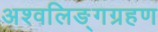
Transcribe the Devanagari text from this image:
अश्वलिङ्गग्रहण